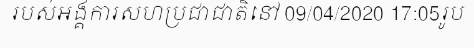
របស់អង្គការសហប្រជាជាតិនៅ 09/04/2020 17:05រូប